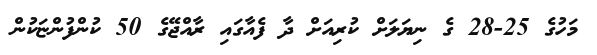
މަހުގެ 25-28 ގެ ނިޔަލަށް ކުރިއަށް ދާ ފެއާގައި ރާއްޖޭގެ 50 ކުންފުންޏަކުން